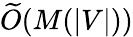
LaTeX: {\widetilde{O}}(M(|V|))